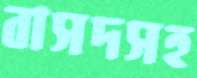
বাসদসহ